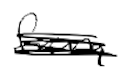
Text: from
Cross-out: scratch
Writing tool: digital_black